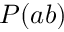
P ( a b )